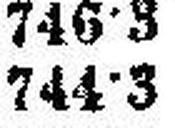
744·3